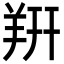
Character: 𬙲